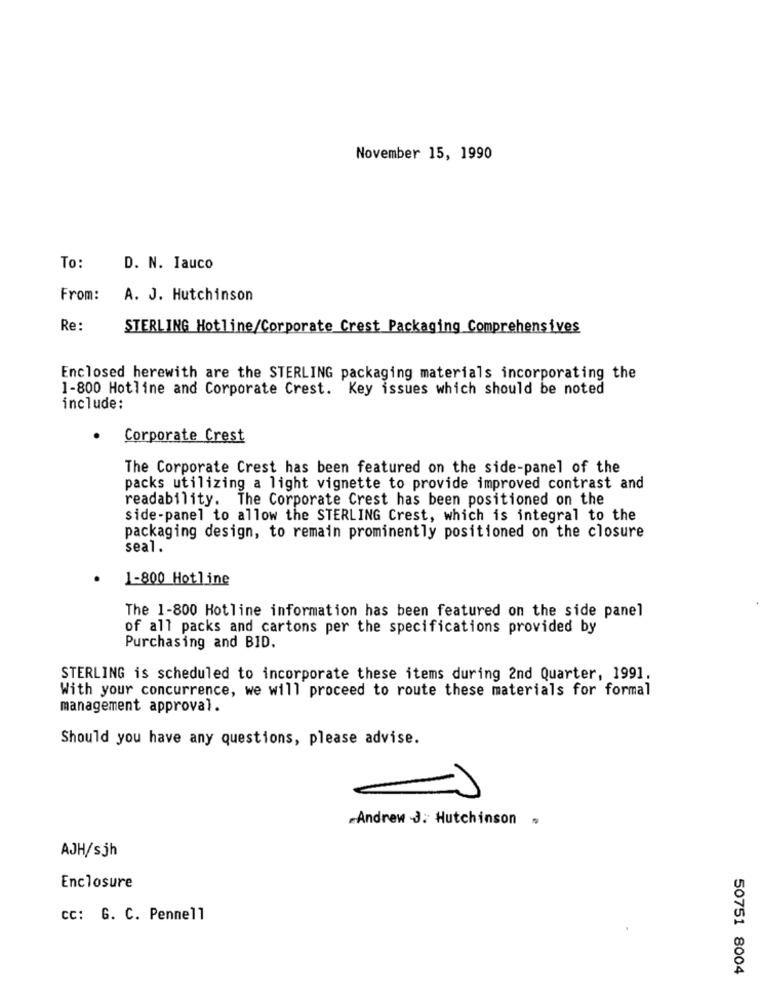
November 15, 1990
To:
D. N. Iauco
From:
A. J. Hutchinson
Re:
STERLING Hotline/Corporate Crest Packaging Comprehensives
Enclosed herewith are the STERLING packaging materials incorporating the
1-800 Hotline and Corporate Crest. Key issues which should be noted
include:
Corporate Crest
The Corporate Crest has been featured on the side-panel of the
packs utilizing a light vignette to provide improved contrast and
readability. The Corporate Crest has been positioned on the
side-panel to allow the STERLING Crest, which is integral to the
packaging design, to remain prominently positioned on the closure
seal.
1-800 Hotline
The 1-800 Hotline information has been featured on the side panel
of all packs and cartons per the specifications provided by
Purchasing and BID.
STERLING is scheduled to incorporate these items during 2nd Quarter, 1991.
With your concurrence, we will proceed to route these materials for formal
management approval.
Should you have any questions, please advise.
-)
.Andrew J. Hutchinson .
AJH/sjh
Enclosure
cc: G. C. Pennell
50751 8004